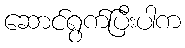
ဆောင်ရွက်ပြီးပါက